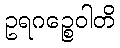
ဥရဂဉ္စေဝါတိ